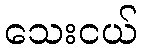
သေးငယ်